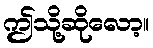
ဤသို့ဆိုလော့။